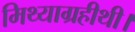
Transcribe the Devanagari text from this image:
मिथ्याग्रहीथी।